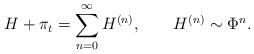
\begin{align*}H + \pi_t=\sum_{n=0}^{\infty}H^{(n)}, \qquad H^{(n)}\sim \Phi^n.\end{align*}